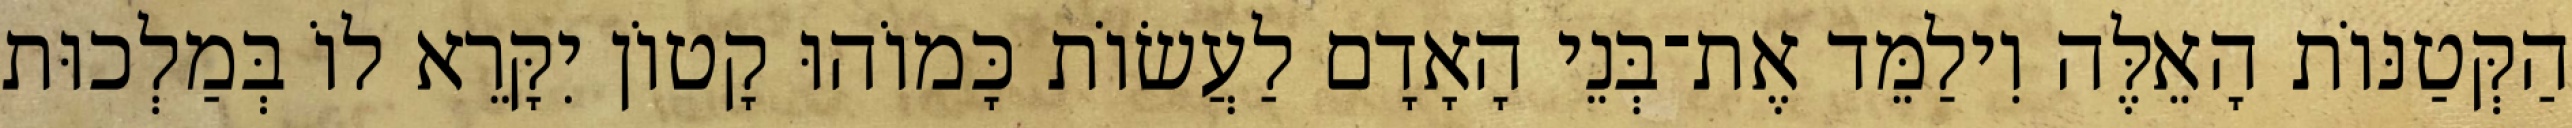
הַקְּטַנּוֹת הָאֵלֶּה וִילַמֵּד אֶת־בְּנֵי הָאָדָם לַעֲשׂוֹת כָּמוֹהוּ קָטוֹן יִקָּרֵא לוֹ בְּמַלְכוּת